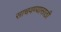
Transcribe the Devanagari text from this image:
साचवण्यासाठी